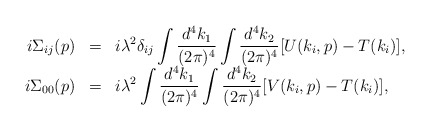
\begin{align*}\begin{array}{rcl}i\Sigma_{ij}(p)&=&\displaystyle i\lambda^2\delta_{ij}\int\frac{d^4k_1}{(2\pi)^4}\int\frac{d^4k_2}{(2\pi)^4}[U(k_i,p)-T(k_i)],\\i\Sigma_{00}(p)&=&\displaystyle i\lambda^2\int\frac{d^4k_1}{(2\pi)^4}\int\frac{d^4k_2}{(2\pi)^4}[V(k_i,p)-T(k_i)], \end{array}\end{align*}